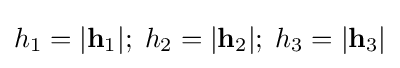
h_{1}=|\mathbf {h} _{1}|;\;h_{2}=|\mathbf {h} _{2}|;\;h_{3}=|\mathbf {h} _{3}|